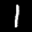
Label: 1